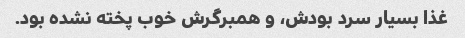
غذا بسیار سرد بودش، و همبرگرش خوب پخته نشده بود.